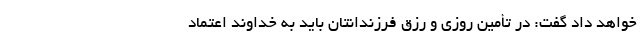
خواهد داد گفت: در تأمین روزی و رزق فرزندانتان باید به خداوند اعتماد